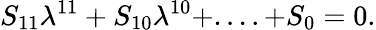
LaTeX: S_{11}\lambda^{11}+S_{10}\lambda^{10}+....+S_{0}=0.